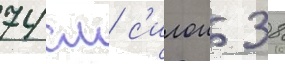
74 см с'илои 38